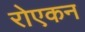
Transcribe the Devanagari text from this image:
रोएकन